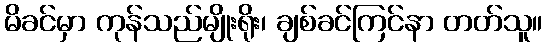
မိခင်မှာ ကုန်သည်မျိုးရိုး၊ ချစ်ခင်ကြင်နာ တတ်သူ။